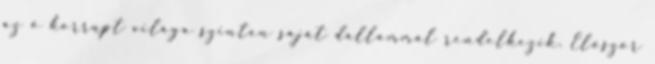
az ő korrupt világa szintén saját dallammal rendelkezik. Először